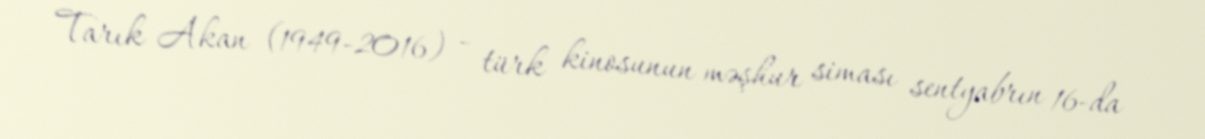
Tarık Akan (1949-2016) - türk kinosunun məşhur siması sentyabrın 16-da